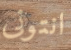
انتونى